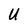
Character: U